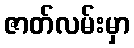
ဇာတ်လမ်းမှာ